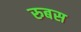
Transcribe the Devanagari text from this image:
रुबस